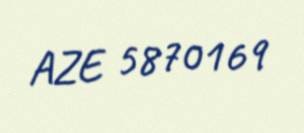
AZE 5870169